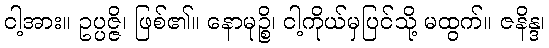
ငါ့အား။ ဥပ္ပဇ္ဇိ၊ ဖြစ်၏။ နောမုဉ္စိ၊ ငါ့ကိုယ်မှပြင်သို့ မထွက်။ ဇနိန္ဒ၊